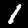
Label: 1